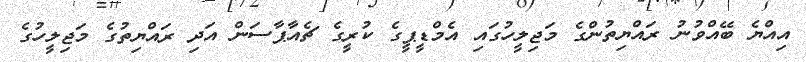
އިއްޔެ ބޭއްވުނު ރައްޔިތުންގެ މަޖިލީހުގައި އެމްޑީޕީގެ ކުރީގެ ޗެއާޕާސަން އަދި ރައްޔިތުގެ މަޖިލީހުގެ